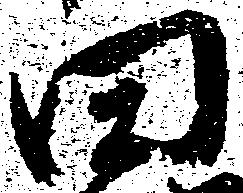
田